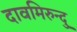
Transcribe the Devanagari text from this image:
दावमिरुन्दु